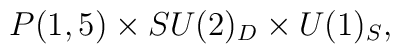
P(1,5)\times SU(2)_D\times U(1)_S,